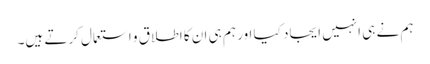
ہم نے ہی انہیں ایجاد کیا اور ہم ہی ان کا اطلاق و استعمال کرتے ہیں۔